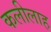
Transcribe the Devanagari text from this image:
कलीलाह